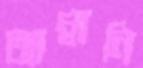
আম্বানি